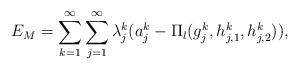
LaTeX: \begin{align*}E_{M} = \sum_{k=1}^{\infty} \sum_{j=1}^{\infty} \lambda_{j}^{k} (a_{j}^{k} - \Pi_{l}(g_{j}^{k}, h_{j,1}^{k}, h_{j,2}^{k})),\end{align*}